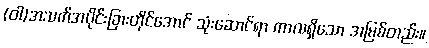
(ဝါ)အသက်အပိုင်းခြားတိုင်အောင် သုံးဆောင်ရာ ကာလရှိသော အမြစ်တည်း။